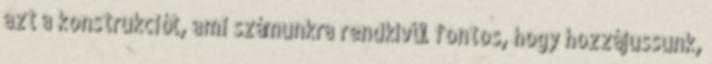
azt a konstrukciót, ami számunkra rendkívül fontos, hogy hozzájussunk,